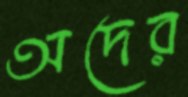
অদের